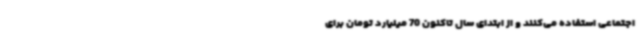
اجتماعی استفاده می‌کنند و از ابتدای سال تاکنون 70 میلیارد تومان برای